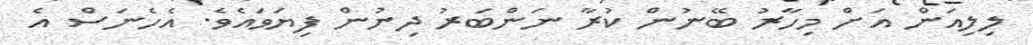
ލިލިއަން އަށް މިހާރު ބޭނުން ކުރާ ނަންބަރު ދިނުން ފިޔަވައެވެ. އެހެނަސް އެ